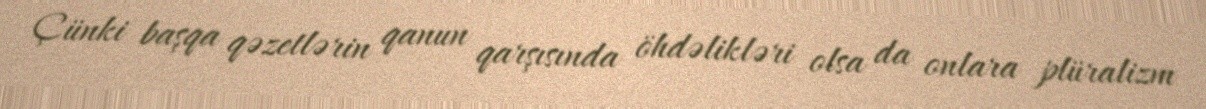
Çünki başqa qəzetlərin qanun qarşısında öhdəlikləri olsa da onlara plüralizm